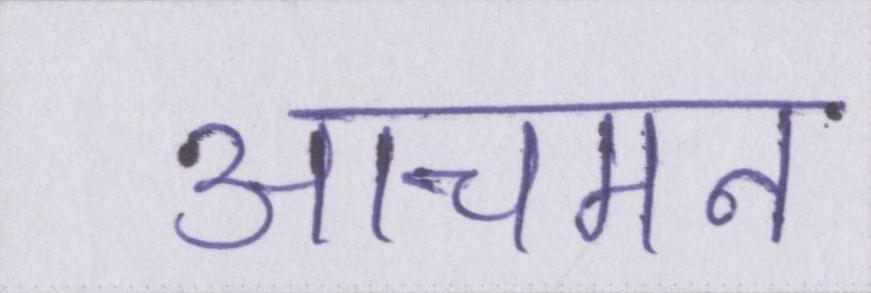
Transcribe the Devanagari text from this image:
आचमन